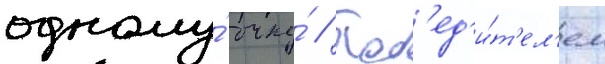
одному́ очку́ // Поб'ед'и́т'ел'ем